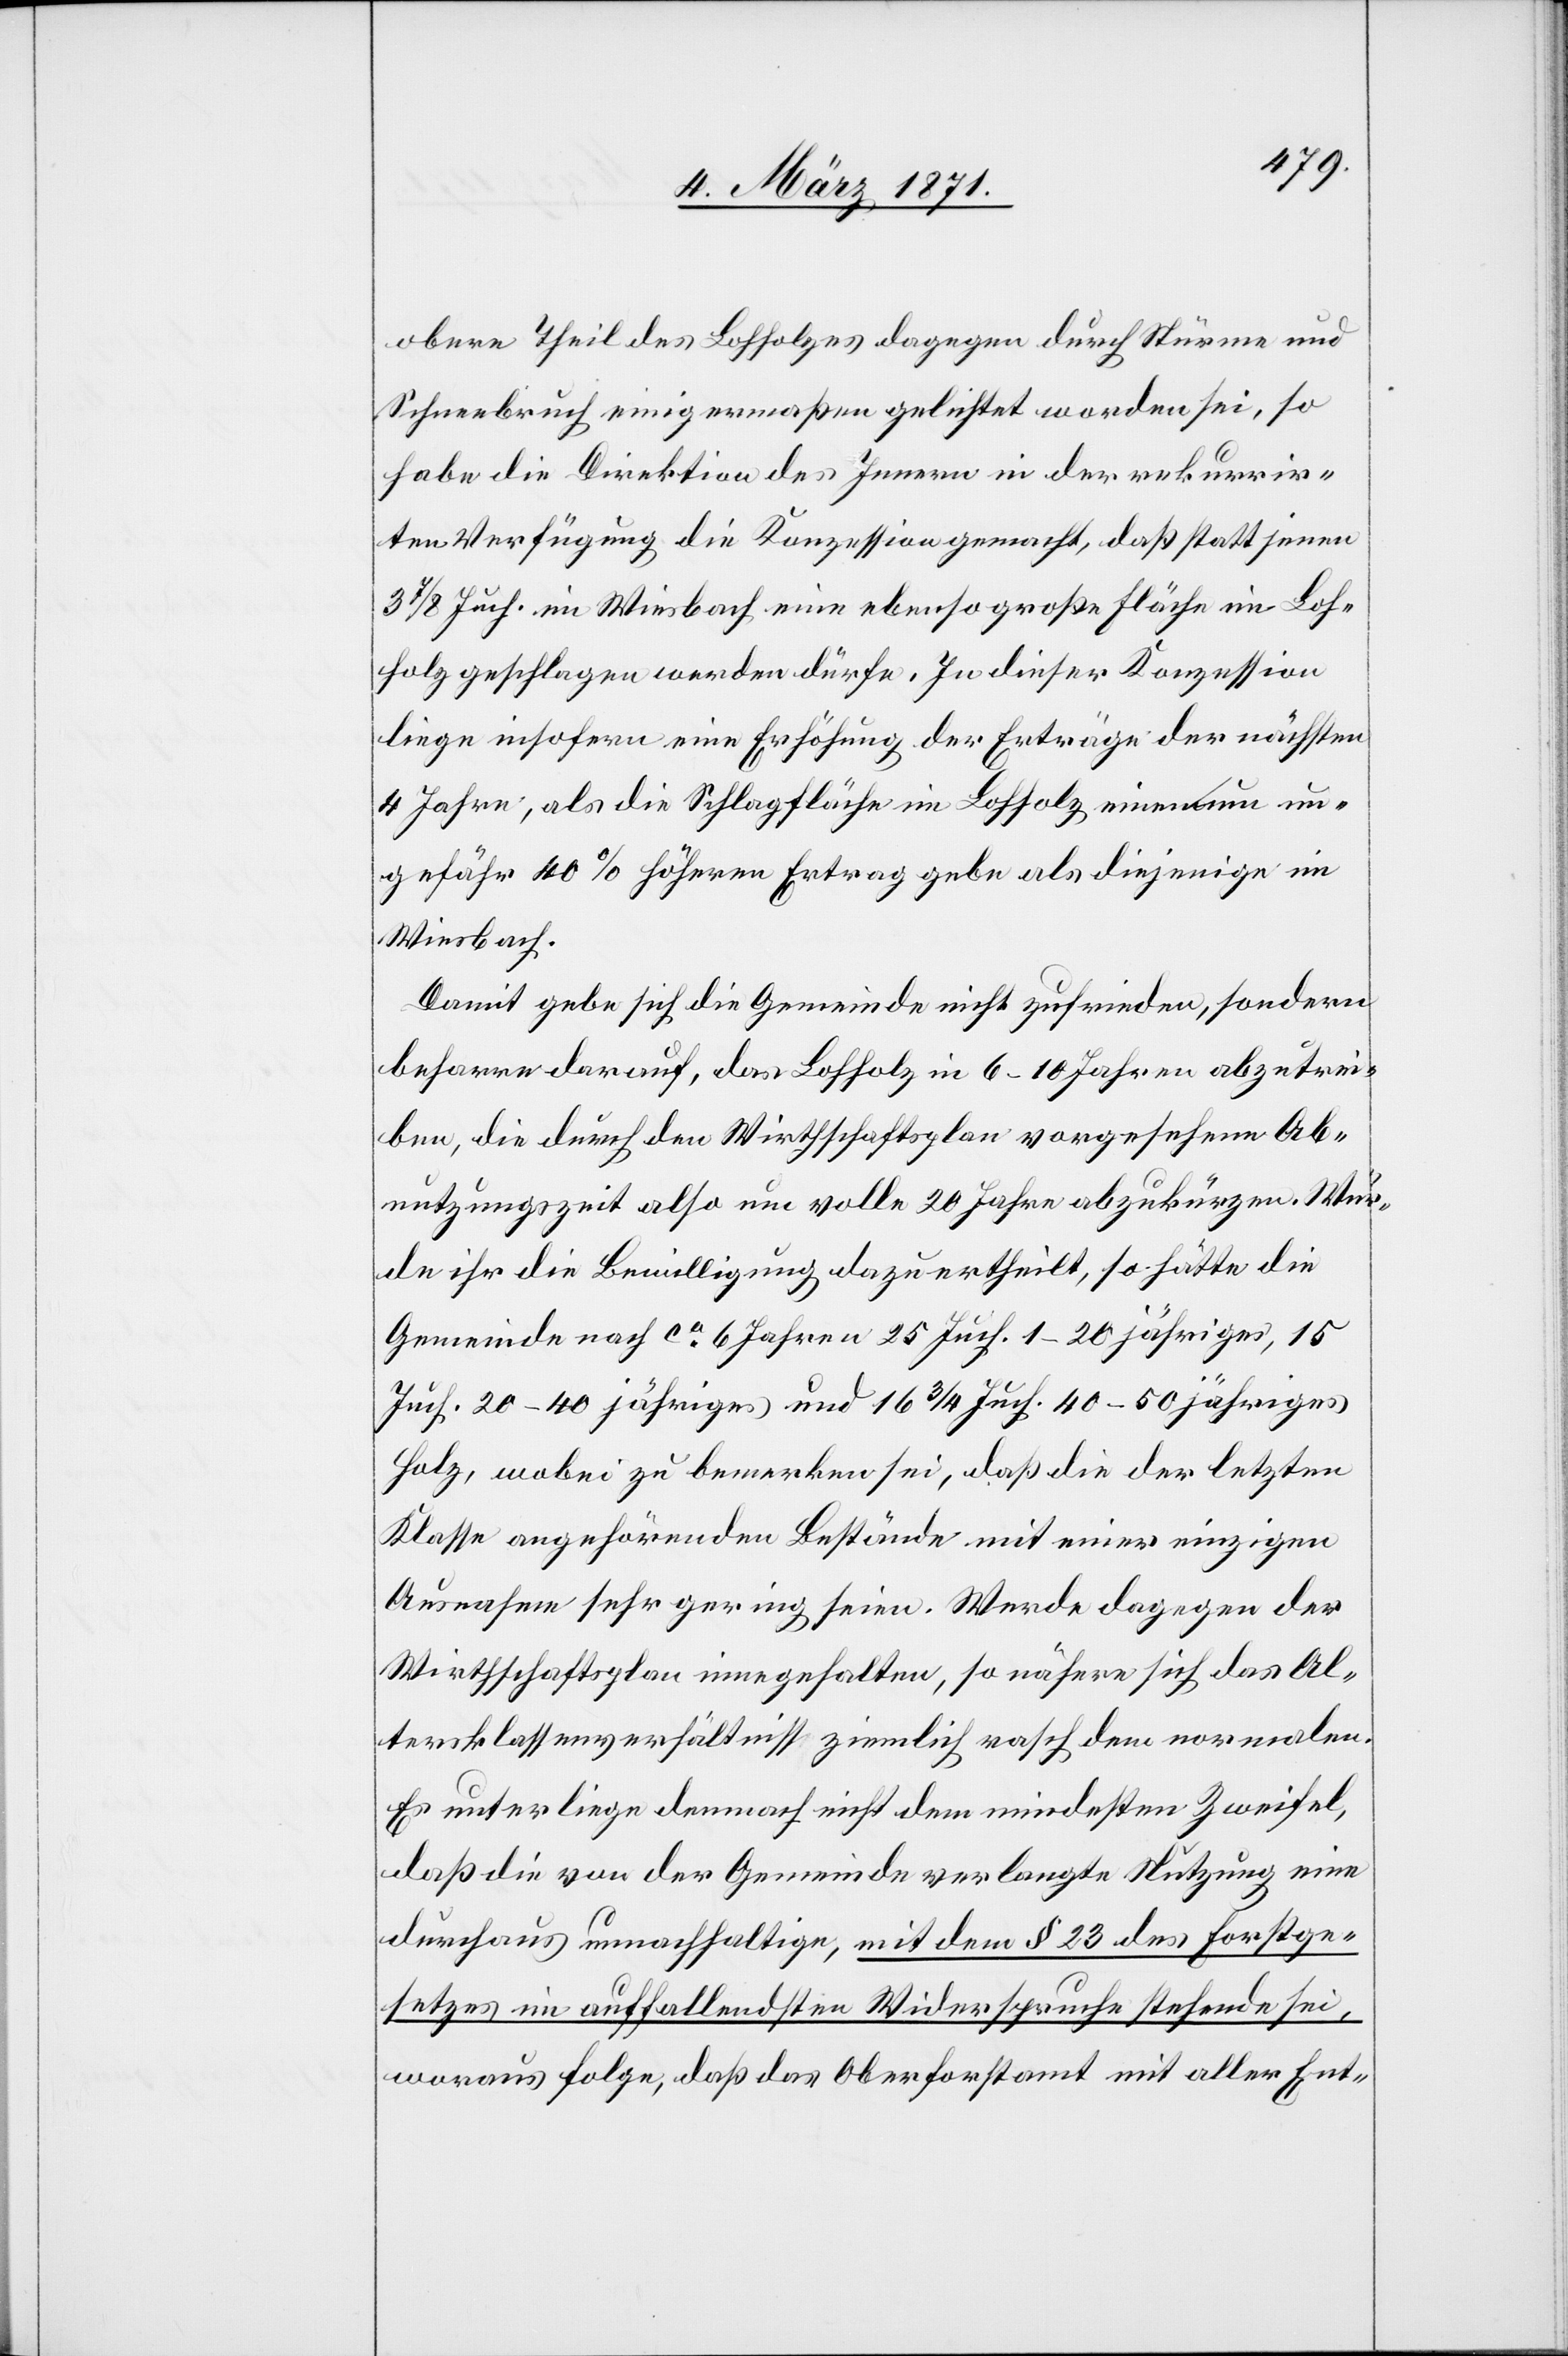
obere Theil des Lohholzes dagegen durch Stürme und
Schneebruch einigermaßen gelichtet worden sei, so
habe die Direktion des Innern in der rekurrir¬
ten Verfügung die Konzession gemacht, daß statt jenen
3 7/8 Juch. im Wiesbach eine ebenso große Fläche im Loh¬
holz geschlagen werden dürfe. In dieser Konzession
liege insofern eine Erhöhung der Erträge der nächsten
4 Jahre, als die Schlagfläche im Lohholz einen um un¬
gefähr 40% höheren Ertrag gebe als diejenige im
Wiesbach.
Damit gebe sich die Gemeinde nicht zufrieden, sondern
beharre darauf, das Lohholz in 6–10 Jahren abzutrei¬
ben, die durch den Wirthschaftsplan vorgesehene Ab¬
nutzungszeit also um volle 20 Jahre abzukürzen. Wür¬
de ihr die Bewilligung dazu ertheilt, so hätte die
Gemeinde nach ca. 6 Jahren 25 Juch. 1–20 jähriges, 15
Juch. 20–40 jähriges und 16 3/4 Juch. 40–50 jähriges
Holz, wobei zu bemerken sei, daß die der letzten
Klasse angehörenden Bestände mit einer einzigen
Ausnahme sehr gering seien. Werde dagegen der
Wirthschaftsplan innegehalten, so nähere sich das Al¬
tersklassenverhältniss ziemlich rasch dem normalen.
Es unterliege demnach nicht dem mindesten Zweifel,
daß die von der Gemeinde verlangte Nutzung eine
durchaus unnachhaltige, mit dem § 23 des Forstge¬
setztes im auffallendsten Widerspruche stehende sei,
woraus folge, daß das Oberforstamt mit aller Ent-